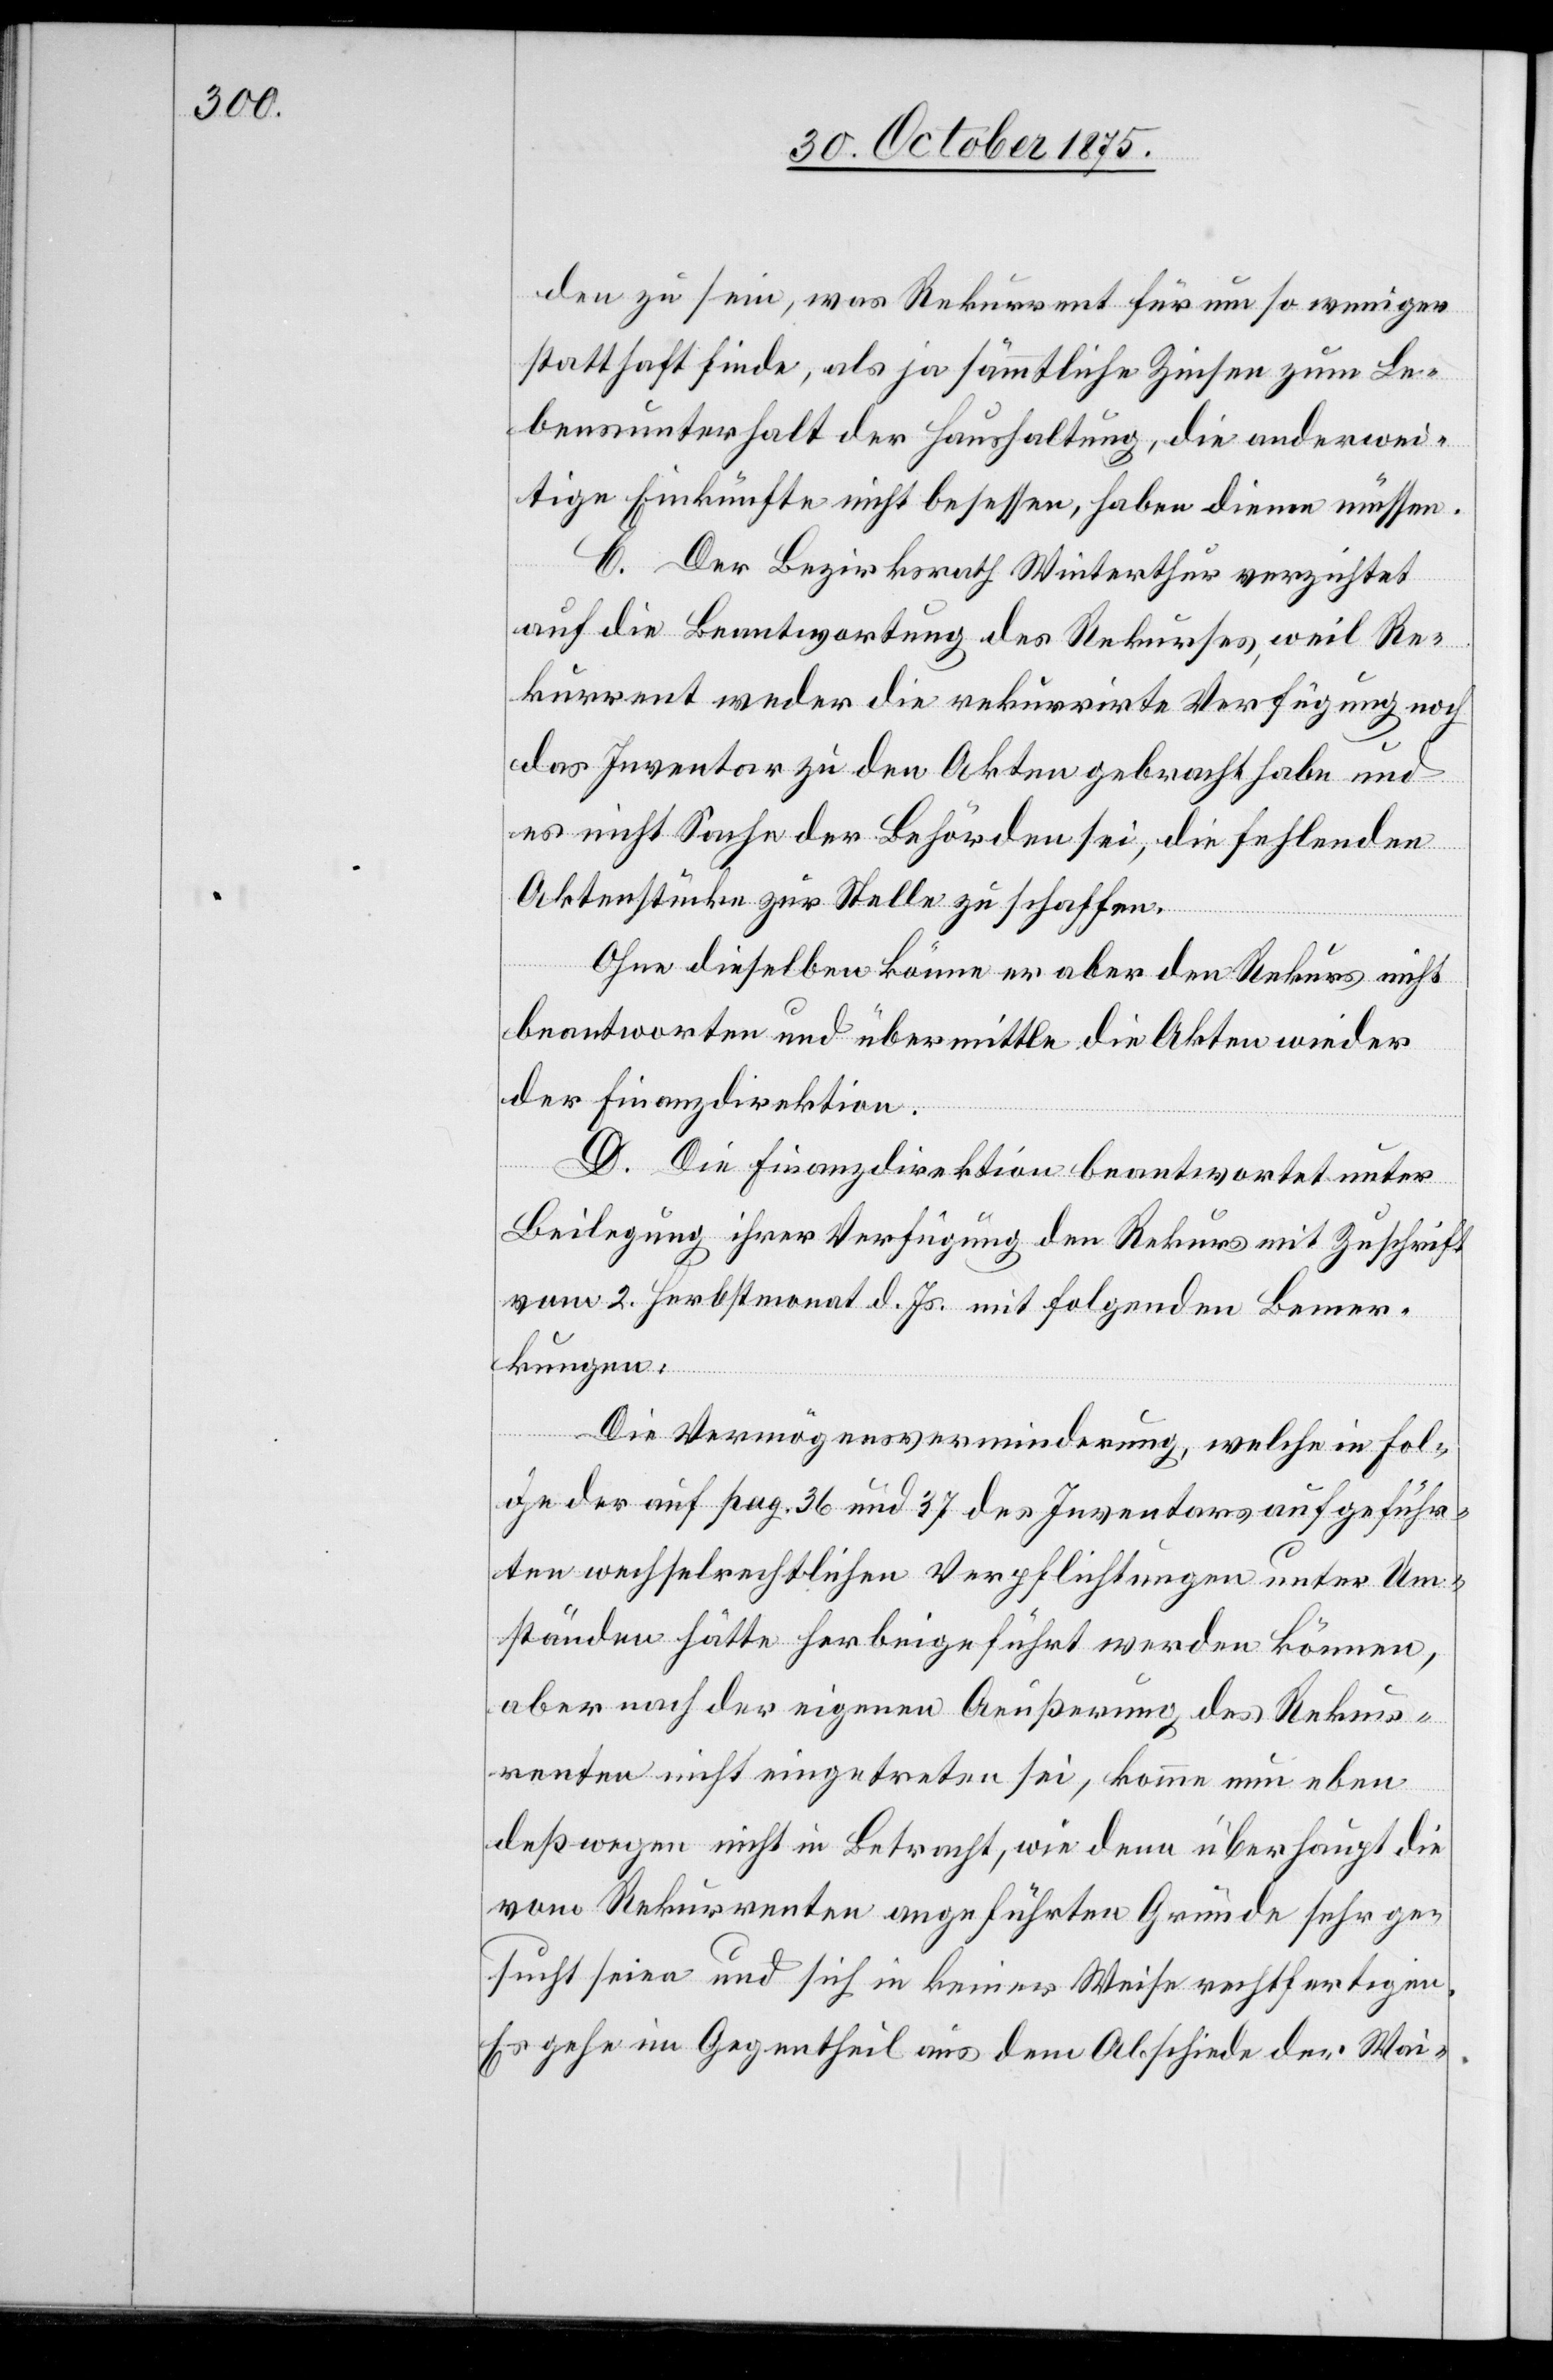
den zu sein, was Rekurrent für um so weniger
statthaft finde, als ja sämmtliche Zinsen zum Le¬
bensunterhalt der Haushaltung, die anderwei¬
tige Einkünfte nicht besessen, haben dienen müssen.
C. Der Bezirksrath Winterthur verzichtet
auf die Beantwortung des Rekurses, weil Re¬
kurrent weder die rekurrirte Verfügung noch
das Inventar zu den Akten gebracht habe und
es nicht Sache der Behörden sei, die fehlenden
Aktenstücke zur Stelle zu schaffen.
Ohne dieselben könne er aber den Rekurs nicht
beantworten und übermittle die Akten wieder
der Finanzdirektion.
D. Die Finanzdirektion beantwortet unter
Beilegung ihrer Verfügung den Rekurs mit Zuschrift
vom 2. Herbstmonat d. Js. mit folgenden Bemer¬
kungen:
Die Vermögensverminderung, welche in Fol¬
ge der auf pag. 36 und 37 des Inventars aufgeführ¬
ten wechselrechtlichen Verpflichtungen unter Um¬
ständen hätte herbeigeführt werden können,
aber nach der eigenen Aeußerung des Rekur¬
renten nicht eingetreten sei, komme nun eben
deßwegen nicht in Betracht, wie denn überhaupt die
vom Rekurrenten angeführten Gründe sehr ge¬
sucht seien und sich in keiner Weise rechtfertigen.
Es gehe im Gegentheil aus dem Abschiede der Wai-